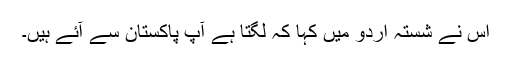
اس نے شستہ اردو میں کہا کہ لگتا ہے آپ پاکستان سے آئے ہیں۔